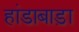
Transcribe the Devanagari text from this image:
हांडाबाड़ा